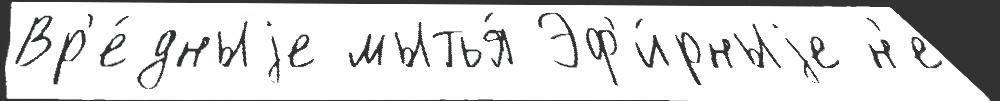
Вр'е́дныjе мытья́ Эф'и́рныjе н'е